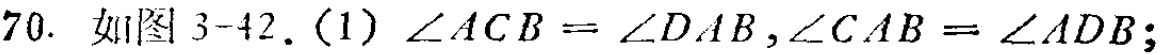
70. 如图3-42. (1) $\angle ACB = \angle DAB,\angle CAB = \angle ADB;$